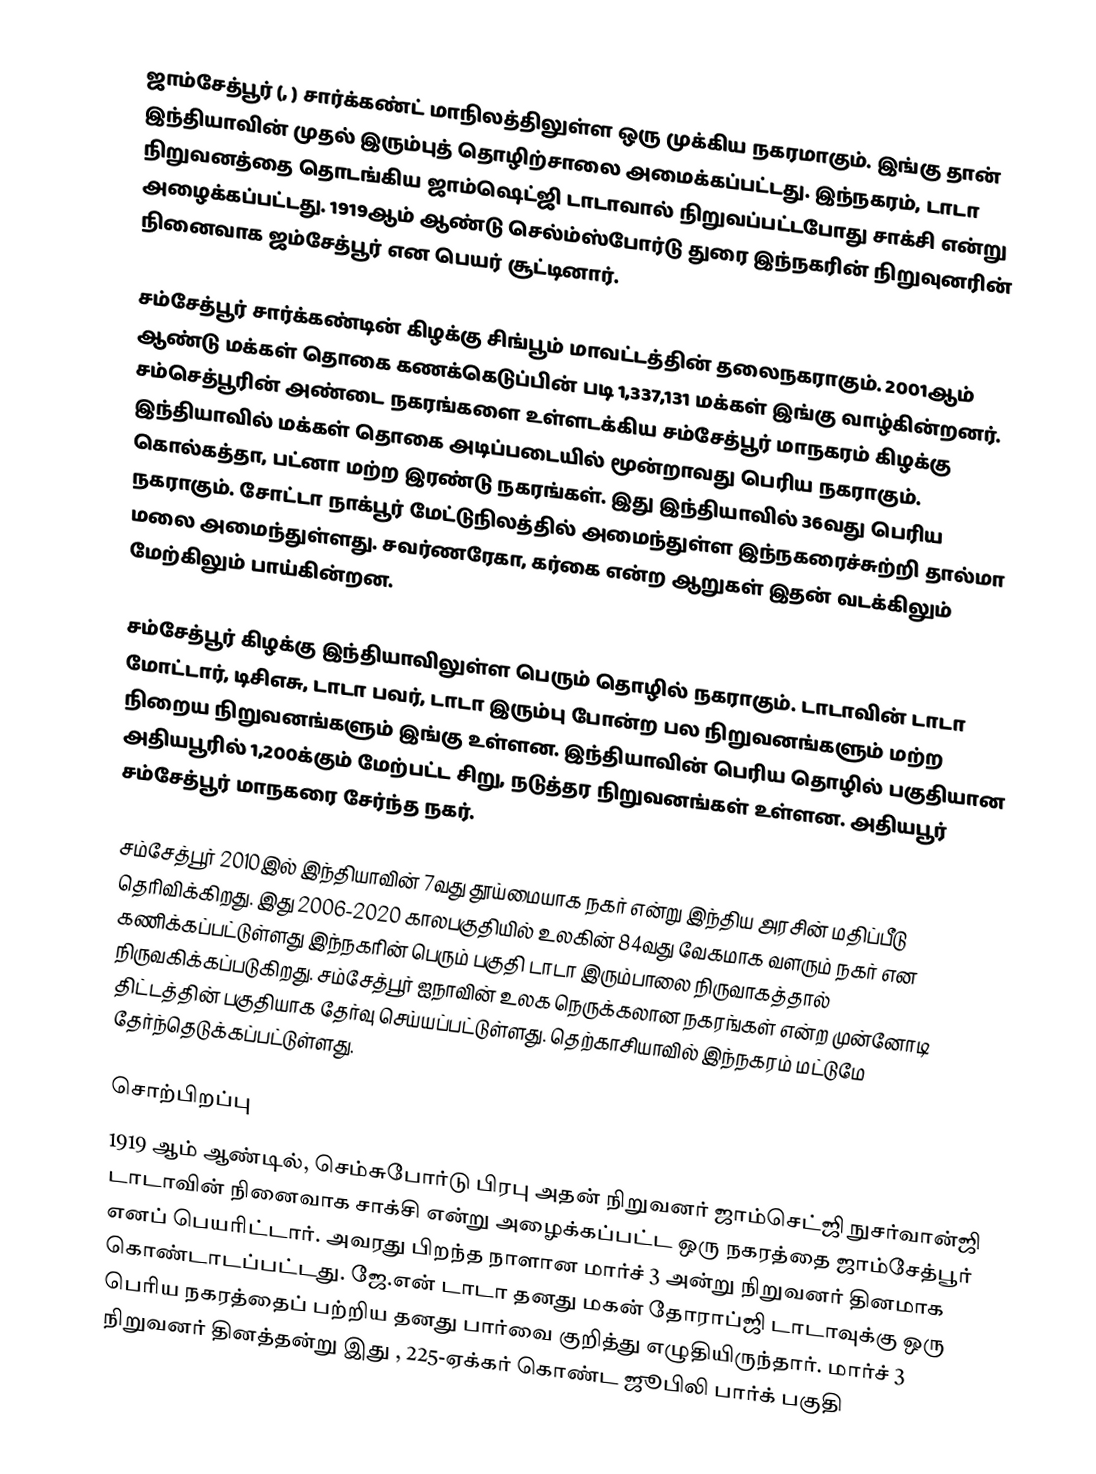
ஜாம்சேத்பூர் (, ) சார்க்கண்ட் மாநிலத்திலுள்ள ஒரு முக்கிய நகரமாகும். இங்கு தான் இந்தியாவின் முதல் இரும்புத் தொழிற்சாலை அமைக்கப்பட்டது. இந்நகரம், டாடா நிறுவனத்தை தொடங்கிய ஜாம்ஷெட்ஜி டாடாவால் நிறுவப்பட்டபோது சாக்சி என்று அழைக்கப்பட்டது. 1919ஆம் ஆண்டு செல்ம்ஸ்போர்டு துரை இந்நகரின் நிறுவுனரின் நினைவாக ஜம்சேத்பூர் என பெயர் சூட்டினார்.

சம்சேத்பூர் சார்க்கண்டின் கிழக்கு சிங்பூம் மாவட்டத்தின் தலைநகராகும். 2001ஆம் ஆண்டு மக்கள் தொகை கணக்கெடுப்பின் படி 1,337,131 மக்கள் இங்கு வாழ்கின்றனர். சம்செத்பூரின் அண்டை நகரங்களை உள்ளடக்கிய சம்சேத்பூர் மாநகரம் கிழக்கு இந்தியாவில் மக்கள் தொகை அடிப்படையில் மூன்றாவது பெரிய நகராகும். கொல்கத்தா, பட்னா மற்ற இரண்டு நகரங்கள். இது இந்தியாவில் 36வது பெரிய நகராகும். சோட்டா நாக்பூர் மேட்டுநிலத்தில் அமைந்துள்ள இந்நகரைச்சுற்றி தால்மா மலை அமைந்துள்ளது. சவர்ணரேகா, கர்கை என்ற ஆறுகள் இதன் வடக்கிலும் மேற்கிலும் பாய்கின்றன.

சம்சேத்பூர் கிழக்கு இந்தியாவிலுள்ள பெரும் தொழில் நகராகும். டாடாவின் டாடா மோட்டார், டிசிஎசு, டாடா பவர், டாடா இரும்பு போன்ற பல நிறுவனங்களும் மற்ற நிறைய நிறுவனங்களும் இங்கு உள்ளன. இந்தியாவின் பெரிய தொழில் பகுதியான அதியபூரில் 1,200க்கும் மேற்பட்ட சிறு, நடுத்தர நிறுவனங்கள் உள்ளன. அதியபூர் சம்சேத்பூர் மாநகரை சேர்ந்த நகர்.

சம்சேத்பூர் 2010இல் இந்தியாவின் 7வது தூய்மையாக நகர் என்று இந்திய அரசின் மதிப்பீடு தெரிவிக்கிறது. இது 2006-2020 காலபகுதியில் உலகின் 84வது வேகமாக வளரும் நகர் என கணிக்கப்பட்டுள்ளது  இந்நகரின் பெரும் பகுதி டாடா இரும்பாலை நிருவாகத்தால் நிருவகிக்கப்படுகிறது. சம்சேத்பூர் ஐநாவின் உலக நெருக்கலான நகரங்கள் என்ற முன்னோடி திட்டத்தின் பகுதியாக தேர்வு செய்யப்பட்டுள்ளது. தெற்காசியாவில் இந்நகரம் மட்டுமே தேர்ந்தெடுக்கப்பட்டுள்ளது.

சொற்பிறப்பு
1919 ஆம் ஆண்டில், செம்சுபோர்டு பிரபு அதன் நிறுவனர் ஜாம்செட்ஜி நுசர்வான்ஜி டாடாவின் நினைவாக சாக்சி என்று அழைக்கப்பட்ட ஒரு நகரத்தை ஜாம்சேத்பூர் எனப் பெயரிட்டார். அவரது பிறந்த நாளான மார்ச் 3 அன்று நிறுவனர் தினமாக கொண்டாடப்பட்டது. ஜே.என் டாடா தனது மகன் தோராப்ஜி டாடாவுக்கு ஒரு பெரிய நகரத்தைப் பற்றிய தனது பார்வை குறித்து எழுதியிருந்தார். மார்ச் 3 நிறுவனர் தினத்தன்று இது , 225-ஏக்கர்  கொண்ட ஜூபிலி பார்க் பகுதி